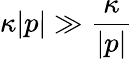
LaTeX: \kappa|p|\gg\frac{\kappa}{|p|}